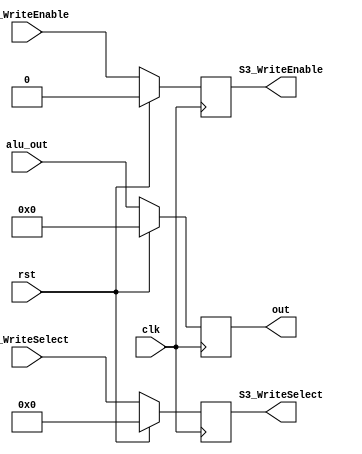
`timescale 1ns / 1ps
//////////////////////////////////////////////////////////////////////////////////
// Company: 
// Engineer: 
// 
// Design Name: 
// Module Name: S3_Register
// Project Name: 
// Target Devices: 
// Tool Versions: 
// Description: 
// 
// Dependencies: 
// 
// Revision:
// Revision 0.01 - File Created
// Additional Comments:
// 
//////////////////////////////////////////////////////////////////////////////////


module S3_Register(
    input clk,
	input rst,
	input [31:0] alu_out,
	input [4:0] S2_WriteSelect,
	input S2_WriteEnable,
	output reg [31:0] out,
	output reg [4:0] S3_WriteSelect,
	output reg S3_WriteEnable
    );
    always @ (posedge clk) begin
        if(rst) begin
            out <= 32'b0;
            S3_WriteEnable <= 1'b0;
            S3_WriteSelect <= 5'b0;
            end
        else begin
            out <= alu_out;
            S3_WriteSelect <= S2_WriteSelect;
            S3_WriteEnable <= S2_WriteEnable;
            end
    end
endmodule